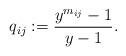
LaTeX: \begin{gather*} q_{ij}:=\frac{y^{m_{ij}}-1}{y-1}. \end{gather*}